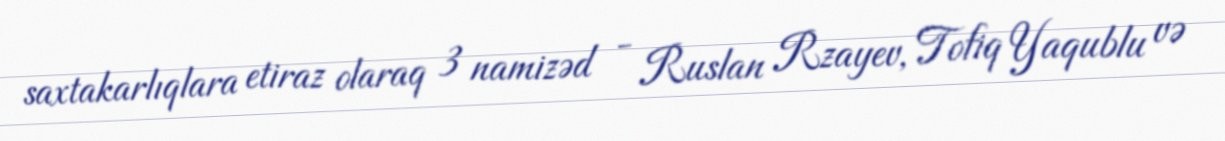
saxtakarlıqlara etiraz olaraq 3 namizəd - Ruslan Rzayev, Tofiq Yaqublu və